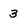
Character: 3